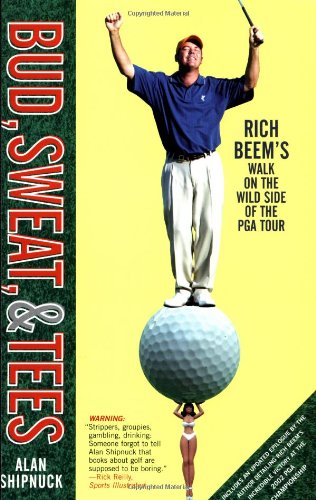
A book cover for Bud, Sweat, & Tees: Rich Beem's Walk on the Wild Side of the PGA Tour; Alan Shipnuck; Sports & Outdoors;